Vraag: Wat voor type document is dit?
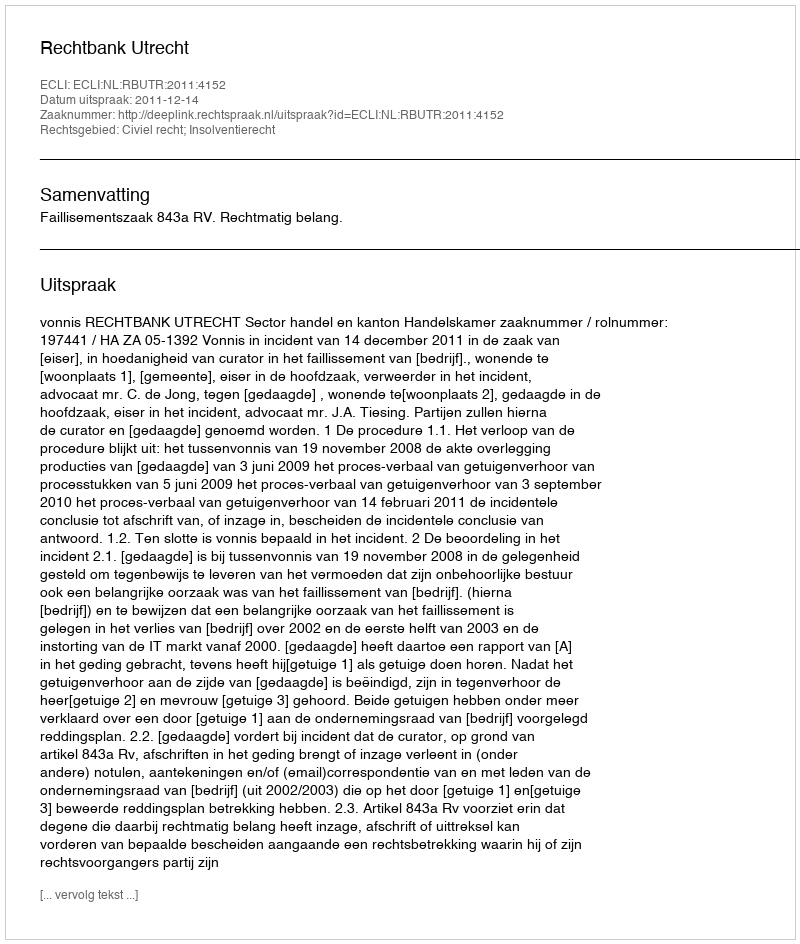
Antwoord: Uitspraak